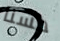
حسنا